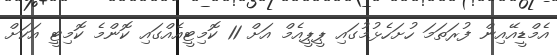
އެމްޑީއޭއިން ފުރަތަމަ ހުށަހެޅުމުގައި ޕީޕީއެމް އަށް 11 ކޮމިޓީއެއްގައި ކޮންމެ ކޮމިޓީ އަކަށް